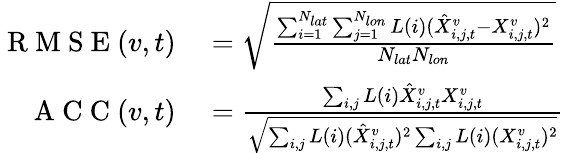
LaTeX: \begin{array}{rl}{\mathrm{~R~M~S~E~}(v,t)}&{{}=\sqrt{\frac{\sum_{i=1}^{N_{lat}}\sum_{j=1}^{N_{lon}}L(i)(\hat{X}_{i,j,t}^{v}-X_{i,j,t}^{v})^{2}}{N_{lat}N_{lon}}}}\\ {\mathrm{~A~C~C~}(v,t)}&{{}=\frac{\sum_{i,j}L(i)\hat{X}_{i,j,t}^{v}X_{i,j,t}^{v}}{\sqrt{\sum_{i,j}L(i)(\hat{X}_{i,j,t}^{v})^{2}\sum_{i,j}L(i)(X_{i,j,t}^{v})^{2}}}}\end{array}